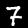
Digit: 7